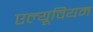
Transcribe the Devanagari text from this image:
एल्यूवियम